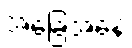
အခြေအနေ